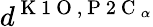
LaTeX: d^{\mathrm{~K~1~O~},\mathrm{~P~2~C~}_{\alpha}}